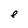
Character: e